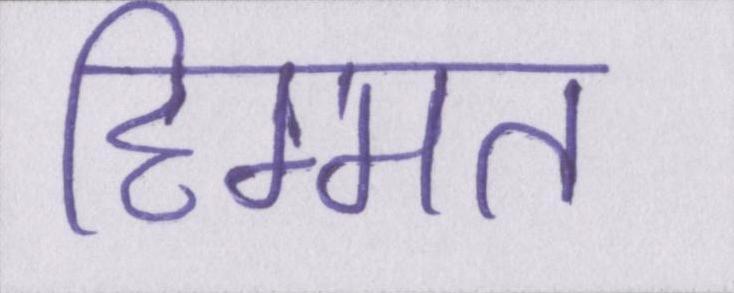
हिम्मत